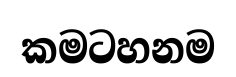
කමටහනම